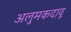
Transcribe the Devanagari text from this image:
अलुमकदावू